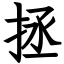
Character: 拯